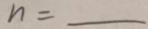
n =